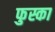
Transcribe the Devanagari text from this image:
फुस्का